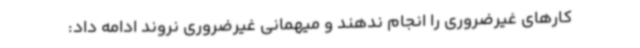
کارهای غیرضروری را انجام ندهند و میهمانی غیرضروری نروند ادامه داد: